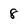
Character: 8